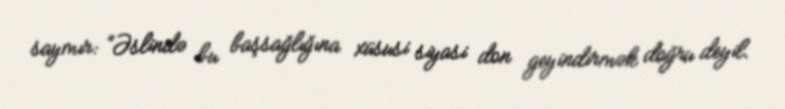
saymır: “Əslində bu başsağlığına xüsusi siyasi don geyindirmək doğru deyil.